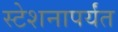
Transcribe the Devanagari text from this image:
स्टेशनापर्यंत